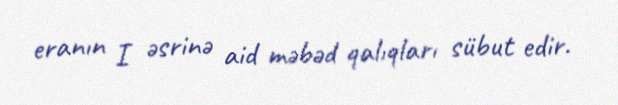
eranın I əsrinə aid məbəd qalıqları sübut edir.